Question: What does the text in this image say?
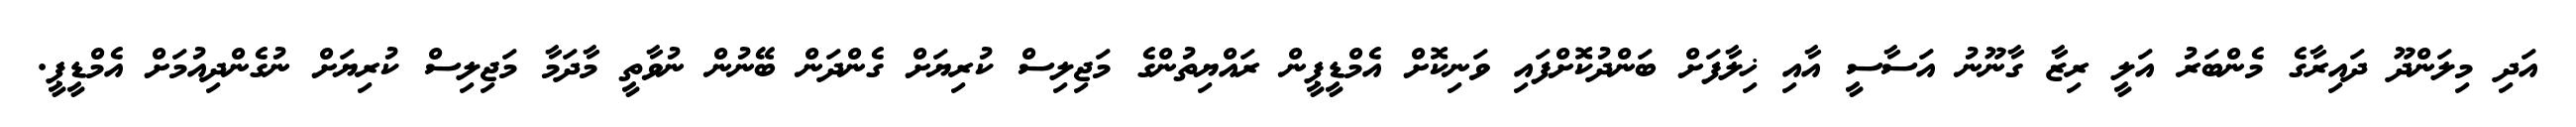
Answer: އަދި މިލަންދޫ ދައިރާގެ މެންބަރު އަލީ ރިޒާ ގާނޫނު އަސާސީ އާއި ޚިލާފަށް ބަންދުކޮށްފައި ވަނިކޮށް އެމްޑީޕީން ރައްޔިތުންގެ މަޖިލިސް ކުރިޔަށް ގެންދަން ބޭނުން ނުވާތީ މާދަމާ މަޖިލިސް ކުރިޔަށް ނުގެންދިއުމަށް އެމްޑީޕީ.